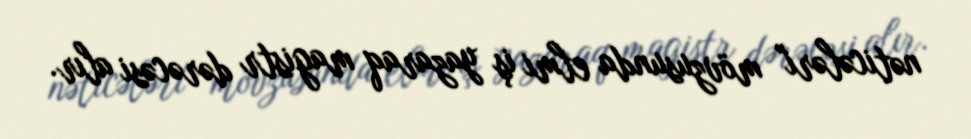
nəticələri" mövzusunda elmi iş yazaraq magistr dərəcəsi alır.